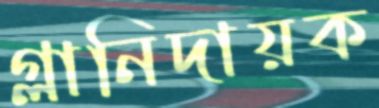
গ্লানিদায়ক